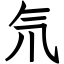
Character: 氘